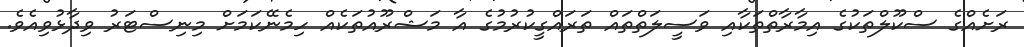
ރަށެއްގެ ސްކޫލްތަކުގެ އިމާރާތްތަކާއި ވަސީލަތްތައް ތަރައްގީކުރުމުގެ އާ މަޝްރޫއުތަކެއް ހިމެނޭކަމަށް މިނިސްޓަރު ވިދާޅުވިއެވެ.